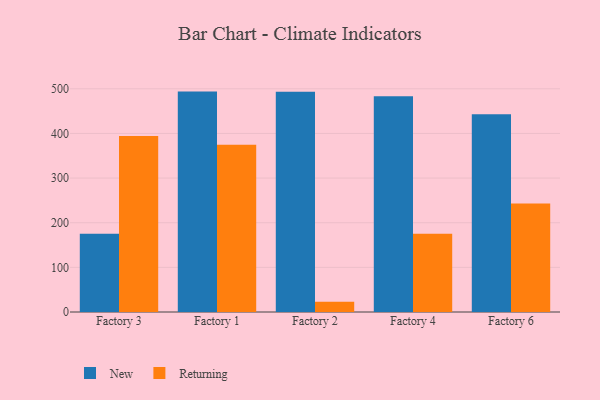
{"axis": {"x": "Factory", "y": "Energy Usage (MWh)"}, "legend": ["New", "Returning"], "data": [{"x": "Factory 3", "y": 175.1, "type": "New"}, {"x": "Factory 3", "y": 394.5, "type": "Returning"}, {"x": "Factory 1", "y": 493.7, "type": "New"}, {"x": "Factory 1", "y": 374.4, "type": "Returning"}, {"x": "Factory 2", "y": 493.3, "type": "New"}, {"x": "Factory 2", "y": 23.0, "type": "Returning"}, {"x": "Factory 4", "y": 483.4, "type": "New"}, {"x": "Factory 4", "y": 175.1, "type": "Returning"}, {"x": "Factory 6", "y": 442.9, "type": "New"}, {"x": "Factory 6", "y": 243.1, "type": "Returning"}]}